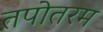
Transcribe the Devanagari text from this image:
तपोतरम